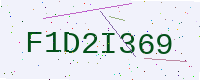
Text: F1D2I369